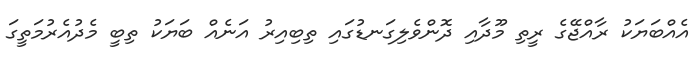
އެއްބަޔަކު ރާއްޖޭގެ ރީތި މޫދާއި ދޮންވެލިގަނޑުގައި ތިބިއިރު އަނެއް ބަޔަކު ތިބީ މެދުއެރުމަތީގަ